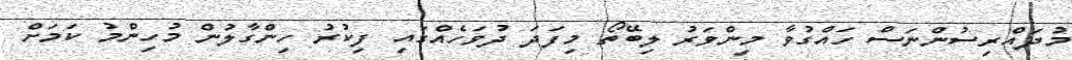
މުދައްރިސުންނަސް ހައްގުވާ މިންވަރު ލިބޭތޯ މިފަދަ ދުވަހެއްގައި ފިކުރު ހިންގާލުން މުހިންމު ކަމަށް